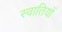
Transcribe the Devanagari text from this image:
स्वातियों